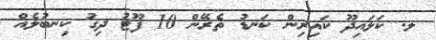
ލ. ކަލައިދޫ ކައިރިން ކަނޑު ތެރޭން 10 ފޫޓު ދިގު ކިނބުލެއް